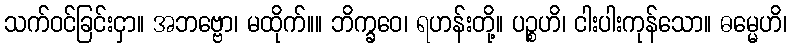
သက်ဝင်ခြင်းငှာ။ အဘဗ္ဗော၊ မထိုက်။။ ဘိက္ခဝေ၊ ရဟန်းတို့။ ပဉ္စဟိ၊ ငါးပါးကုန်သော။ ဓမ္မေဟိ၊